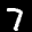
Label: 7